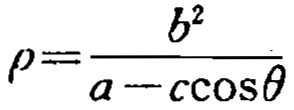
\(\rho=\frac{b^{2}}{a - c\cos\theta}\)